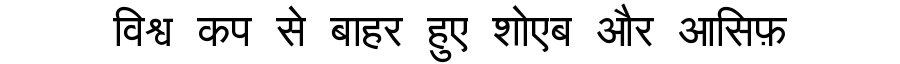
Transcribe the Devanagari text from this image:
विश्व कप से बाहर हुए शोएब और आसिफ़